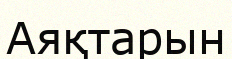
Аяқтарын